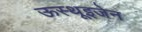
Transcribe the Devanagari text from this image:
ऊस्थूइजेन